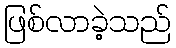
ဖြစ်လာခဲ့သည်